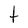
Character: t